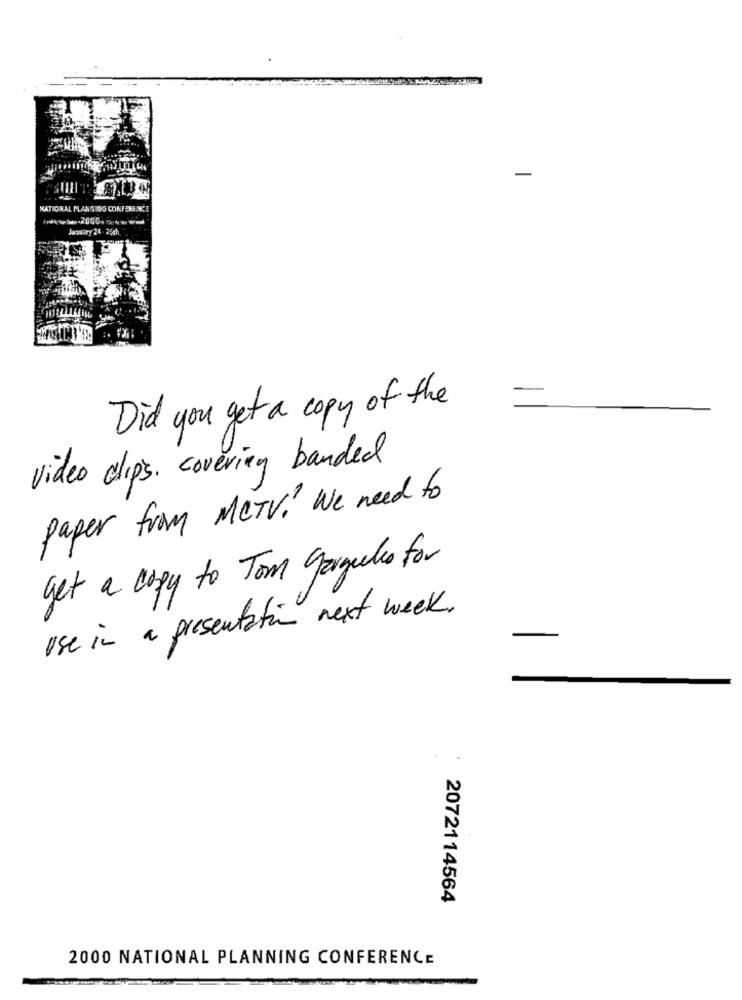
NATIONAL PLAN GING CONFERENCE
Jawory 24-25ch
Did you get a copy of the
video clips. covering banded
paper from MCTV. We need to
get a copy to Tom Gorgeles for
use in a presentation next week.
2072114564
2000 NATIONAL PLANNING CONFERENCE